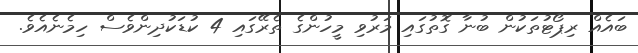
ބައެއް ރިޕޯޓުތަކުން ބުނާ ގޮތުގައި މަރުވި މީހުންގެ ތެރޭގައި 4 ކުޑަކުދިންވެސް ހިމެނެއެވެ.